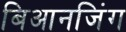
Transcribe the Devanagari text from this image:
बिआनजिंग